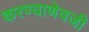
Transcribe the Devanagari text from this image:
करण्याणेवजी